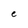
Character: e